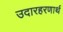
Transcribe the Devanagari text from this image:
उदारहरणार्थ